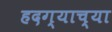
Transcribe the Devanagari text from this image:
हदग्याच्या